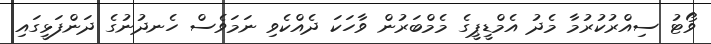
ވޯޓު ސިއްރުކުރުމާ މެދު އެމްޑީޕީގެ މެމްބަރުން ވާހަކަ ދެއްކެވި ނަމަވެސް ހެނދުނުގެ ދަންފަޅީގައި